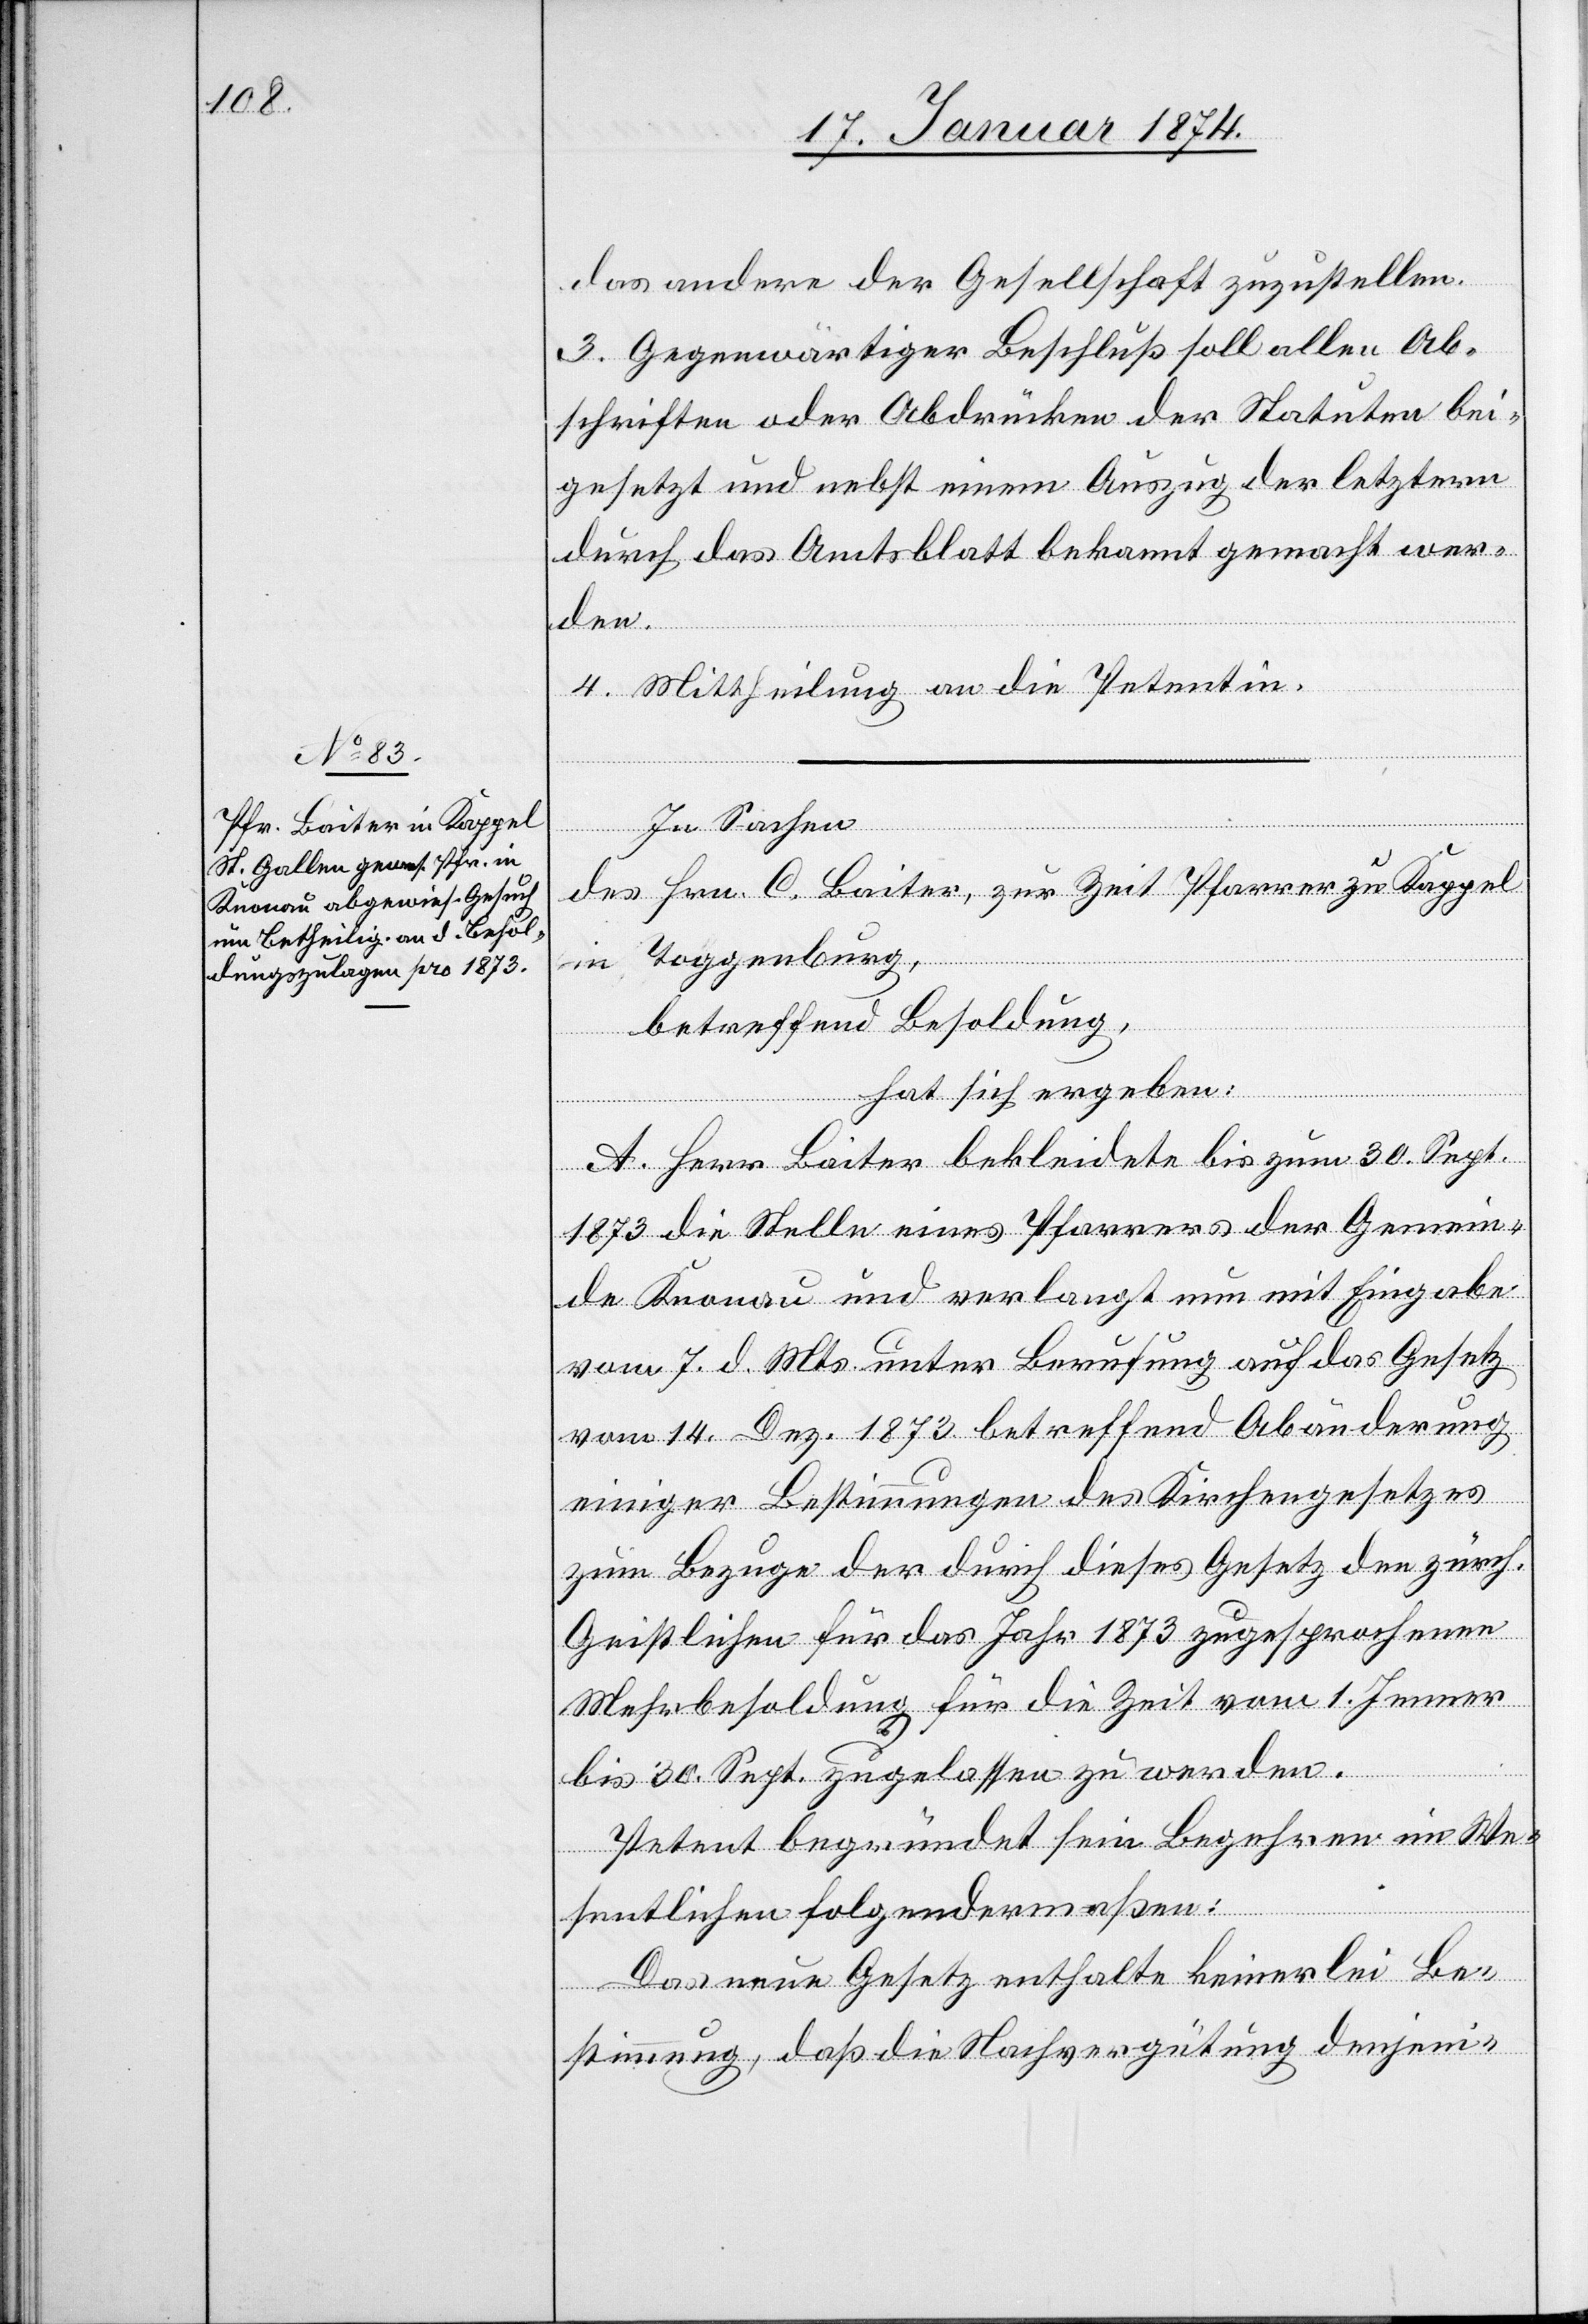
das andere der Gesellschaft zuzustellen.
3. Gegenwärtiger Beschluß soll allen Ab¬
schriften oder Abdrücken der Statuten bei¬
gesetzt und nebst einem Auszug der letztern
durch das Amtsblatt bekannt gemacht wer¬
den.
4. Mittheilung an die Petentin.
In
des Hrn. C. Baiter, zur Zeit Pfarrer zu Kappel
im Toggenburg,
betreffend Besoldung,
hat sich ergeben:
A. Herr Baiter bekleidete bis zum 30. Sept.
1873 die Stelle eines Pfarrers der Gemein¬
de Knonau und verlangt nun mit Eingabe
vom 7. d. Mts. unter Berufung auf das Gesetz
vom 14. Dez. 1873 betreffend Abänderung
einiger Bestimmungen des Kirchengesetzes
zum Bezuge der durch dieses Gesetz den zürch.
Geistlichen für das Jahr 1873 zugesprochenen
Mehrbesoldung für die Zeit vom 1. Jenner
bis 30. Sept. zugelassen zu werden.
Petent begründet sein Begehren im We¬
sentlichen folgendermaßen:
Das neue Gesetz enthalte keinerlei Be¬
stimmung, daß die Nachvergütung denjeni-